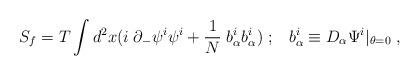
LaTeX: \begin{align*}S_f = T\int d^2 x (i\;\partial_- \psi^i \psi^i + {1\over N}\;b^i_\alpha b^i_\alpha )\;;\;\;\;b^i_\alpha \equiv D_\alpha \Psi^i |_{\theta = 0}\;,\end{align*}